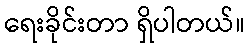
ရေးခိုင်းတာ ရှိပါတယ်။